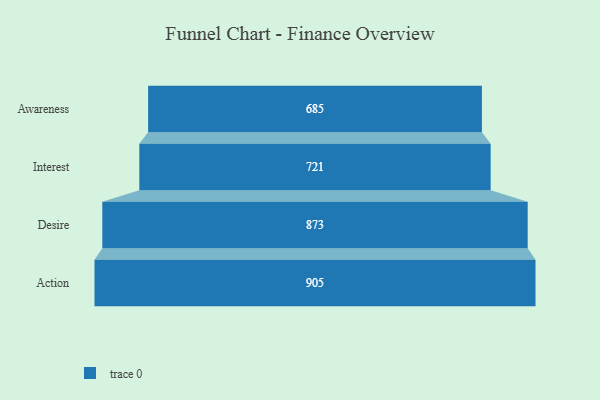
{"axis": {"x": "Stage", "y": "Value"}, "legend": [""], "data": [{"x": "Awareness", "y": 685.0, "type": ""}, {"x": "Interest", "y": 721.0, "type": ""}, {"x": "Desire", "y": 873.0, "type": ""}, {"x": "Action", "y": 905.0, "type": ""}]}